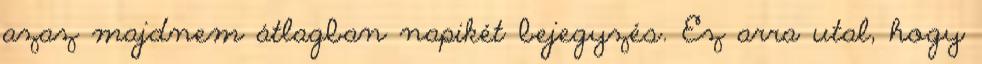
azaz majdnem átlagban napikét bejegyzés. Ez arra utal, hogy